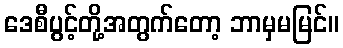
ဒေစီပွင့်တို့အတွက်တော့ ဘာမှမမြင်။